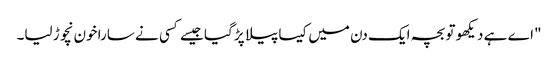
"اے ہے دیکھو تو بچہ ایک دن میں کیسا پیلا پڑ گیا جیسے کسی نے سارا خون نچوڑ لیا۔